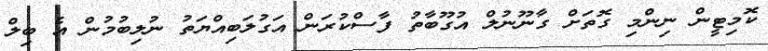
ކޮމިޓީން ނިންމި ގޮތަށް ގާނޫނުލް އުގޫބާތު ފާސްކުރަން އަގުލަބިއްޔަތު ނުލިބުމުން އެ ބިލް